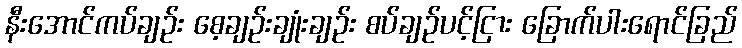
နီးအောင်ကပ်ချဉ်း စေ့ချဉ်းချုံးချဉ်း စပ်ချဉ်ပင့်ငြား ခြောက်ပါးရောင်ခြည်